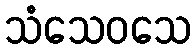
သံသေဝသေ